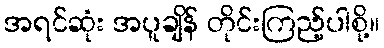
အရင်ဆုံး အပူချိန် တိုင်းကြည့်ပါစို့။